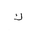
Letter: _kaf